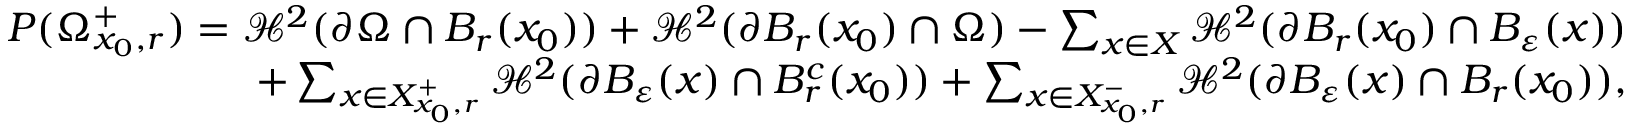
\begin{array} { r } { P ( \Omega _ { x _ { 0 } , r } ^ { + } ) = \mathcal H ^ { 2 } ( \partial \Omega \cap B _ { r } ( x _ { 0 } ) ) + \mathcal H ^ { 2 } ( \partial B _ { r } ( x _ { 0 } ) \cap \Omega ) - \sum _ { x \in X } \mathcal H ^ { 2 } ( \partial B _ { r } ( x _ { 0 } ) \cap B _ { \varepsilon } ( x ) ) } \\ { + \sum _ { x \in X _ { x _ { 0 } , r } ^ { + } } \mathcal H ^ { 2 } ( \partial B _ { \varepsilon } ( x ) \cap B _ { r } ^ { c } ( x _ { 0 } ) ) + \sum _ { x \in X _ { x _ { 0 } , r } ^ { - } } \mathcal H ^ { 2 } ( \partial B _ { \varepsilon } ( x ) \cap B _ { r } ( x _ { 0 } ) ) , } \end{array}